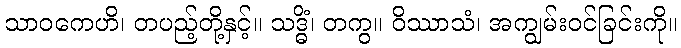
သာဝကေဟိ၊ တပည့်တို့နှင့်။ သဒ္ဓိံ၊ တကွ။ ဝိဿာသံ၊ အကျွမ်းဝင်ခြင်းကို။